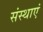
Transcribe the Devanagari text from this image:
संस्थाएं